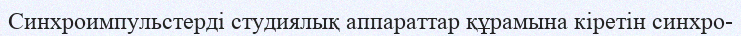
Синхроимпульстерді студиялық аппараттар құрамына кіретін синхро-